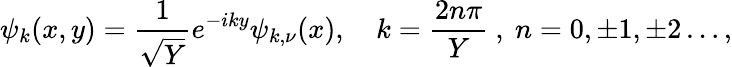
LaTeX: \psi_{k}(x,y)=\frac{1}{\sqrt{Y}}e^{-iky}\psi_{k,\nu}(x),\quad k=\frac{2n\pi}{Y}~,~n=0,\pm 1,\pm 2\dots,